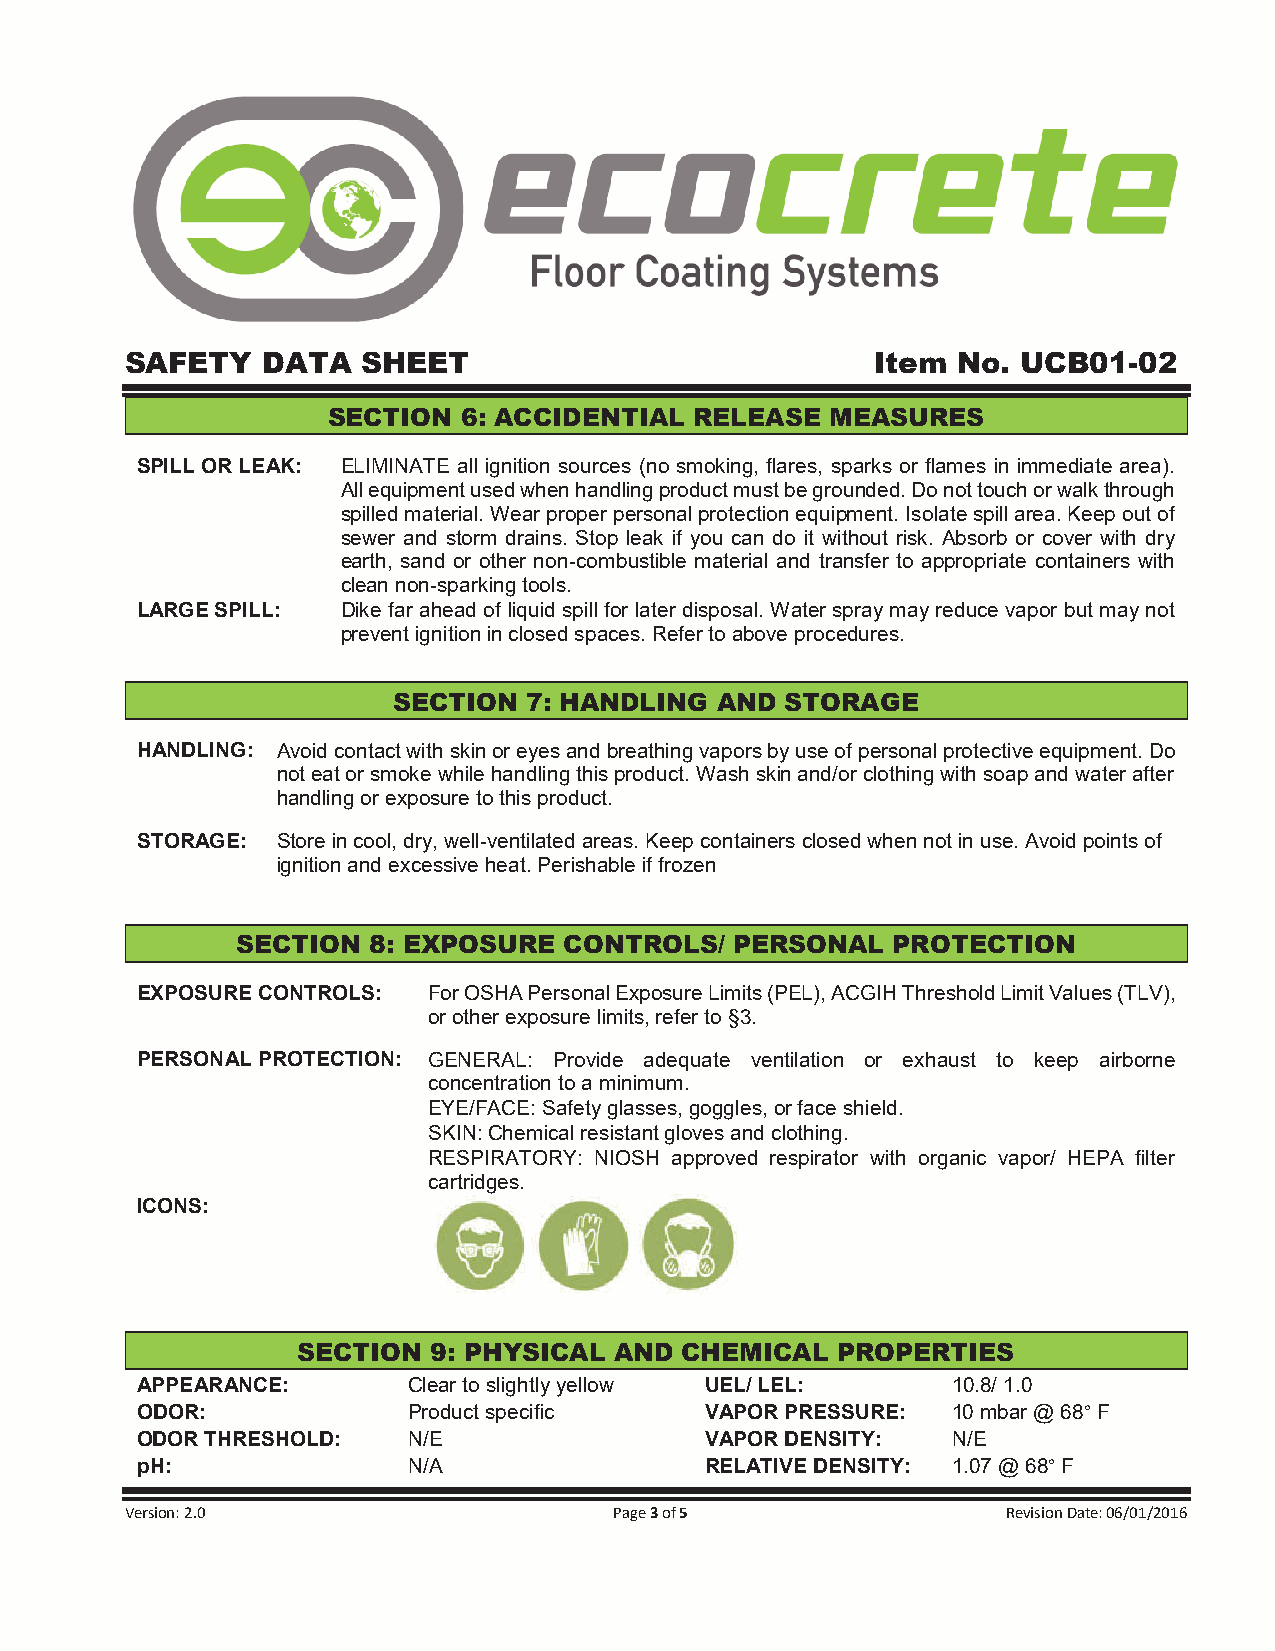
SAFETY   DATA   SHEET                             Item No.  UCB01-02
 SECTION  6: ACCIDENTIAL RELEASE  MEASURES
 SPILL OR LEAK: ELIMINATE all ignition sources (no smoking, flares, sparks or flames in immediate area).
 All equipment used when handling product must be grounded. Do not touch or walk through
 spilled material. Wear proper personal protection equipment. Isolate spill area. Keep out of
 sewer and storm drains. Stop leak if you can do it without risk. Absorb or cover with dry
 earth, sand or other non-combustible material and transfer to appropriate containers with
 clean non-sparking tools.
 LARGE SPILL:  Dike far ahead of liquid spill for later disposal. Water spray may reduce vapor but may not
 prevent ignition in closed spaces. Refer to above procedures.
 SECTION  7: HANDLING AND  STORAGE
 HANDLING: Avoid contact with skin or eyes and breathing vapors by use of personal protective equipment. Do
 not eat or smoke while handling this product. Wash skin and/or clothing with soap and water after
 handling or exposure to this product.
 STORAGE: Store in cool, dry, well-ventilated areas. Keep containers closed when not in use. Avoid points of
 ignition and excessive heat. Perishable if frozen
 SECTION 8: EXPOSURE  CONTROLS/   PERSONAL  PROTECTION
 EXPOSURE CONTROLS: For OSHA Personal Exposure Limits (PEL), ACGIH Threshold Limit Values (TLV),
 or other exposure limits, refer to §3.
 PERSONAL PROTECTION: GENERAL: Provide adequate ventilation or exhaust to keep airborne
 concentration to a minimum.
 EYE/FACE: Safety glasses, goggles, or face shield.
 SKIN: Chemical resistant gloves and clothing.
 RESPIRATORY: NIOSH approved respirator with organic vapor/ HEPA filter
 cartridges.
 ICONS:
 SECTION 9: PHYSICAL  AND CHEMICAL  PROPERTIES
 APPEARANCE:       Clear to slightly yellow UEL/ LEL:  10.8/ 1.0
 ODOR:             Product specific    VAPOR PRESSURE: 10 mbar @ 68° F
 ODOR THRESHOLD:   N/E                 VAPOR DENSITY:  N/E
 pH:               N/A                 RELATIVE DENSITY: 1.07 @ 68° F
 Version: 2.0                     Page 3 of 5               Revision Date: 06/01/2016